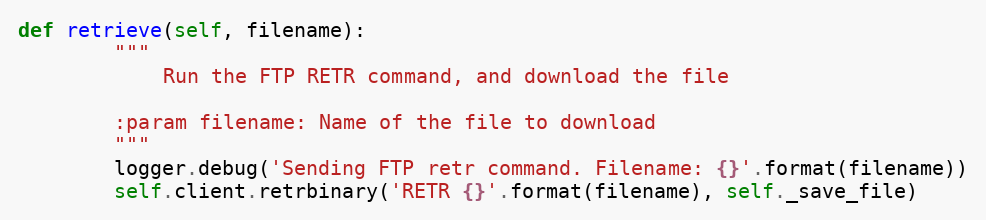
Language: Python
def retrieve(self, filename):
        """
            Run the FTP RETR command, and download the file

        :param filename: Name of the file to download
        """
        logger.debug('Sending FTP retr command. Filename: {}'.format(filename))
        self.client.retrbinary('RETR {}'.format(filename), self._save_file)